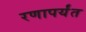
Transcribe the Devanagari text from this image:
रणापर्यंत